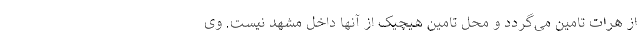
از هرات تامین می‌گردد و محل تامین هیچیک از آنها داخل مشهد نیست. وی